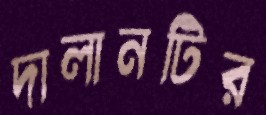
দালানটির